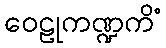
ဝေဠုကဏ္ဍကိံ